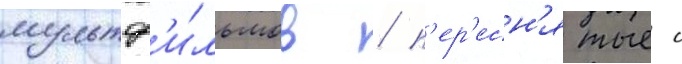
мультф'и́льмов / п'ер'есн'ятые с